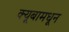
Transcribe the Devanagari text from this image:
क्यूबामधून